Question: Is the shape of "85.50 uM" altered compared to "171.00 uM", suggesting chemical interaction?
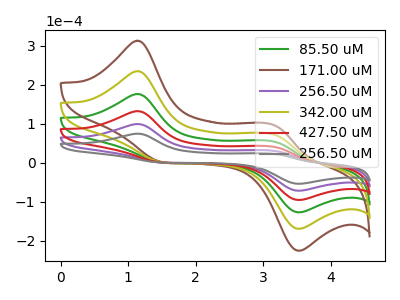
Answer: <think>The green curve "85.50 uM" has anodic peaks at (1.10V, 298.15uA) (3.15V, 93.85uA) and cathodic peaks at (1.55V, 0.50uA) (3.55V, -214.65uA). The brown curve "171.00 uM" has anodic peaks at (1.10V, 496.90uA) (3.15V, 156.40uA) and cathodic peaks at (1.55V, 0.80uA) (3.55V, -357.75uA). The purple curve "256.50 uM" has anodic peaks at (1.10V, 99.40uA) (3.15V, 31.30uA) and cathodic peaks at (1.55V, 0.15uA) (3.55V, -71.55uA). The olive curve "342.00 uM" has anodic peaks at (1.10V, 397.50uA) (3.15V, 125.10uA) and cathodic peaks at (1.55V, 0.65uA) (3.55V, -286.20uA). The red curve "427.50 uM" has anodic peaks at (1.10V, 198.75uA) (3.15V, 62.55uA) and cathodic peaks at (1.55V, 0.30uA) (3.55V, -143.10uA). The gray curve "256.50 uM" has anodic peaks at (1.10V, 74.60uA) (3.15V, 23.50uA) and cathodic peaks at (1.55V, 0.10uA) (3.55V, -53.70uA).
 All the peaks in "85.50 uM" have a peak in "171.00 uM" at the same potential.</think>
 <answer>No, "85.50 uM" and "171.00 uM" don't appear to be significantly different in shape</answer>
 <eval>no_change</eval>